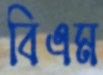
বিএম